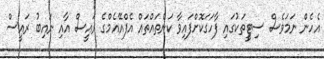
އެހެން ނަމަވެސް ސިޓީީތަކުގައި ފާހަގަކޮށްފައިވާ ކަންތައްތައް އެފްއޭއެމްގެ ރައީސް އާއި ނައިބު ރައީސް